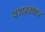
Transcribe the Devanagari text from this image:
वराहश्याम